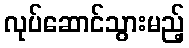
လုပ်ဆောင်သွားမည့်